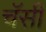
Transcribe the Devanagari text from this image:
चॅसी